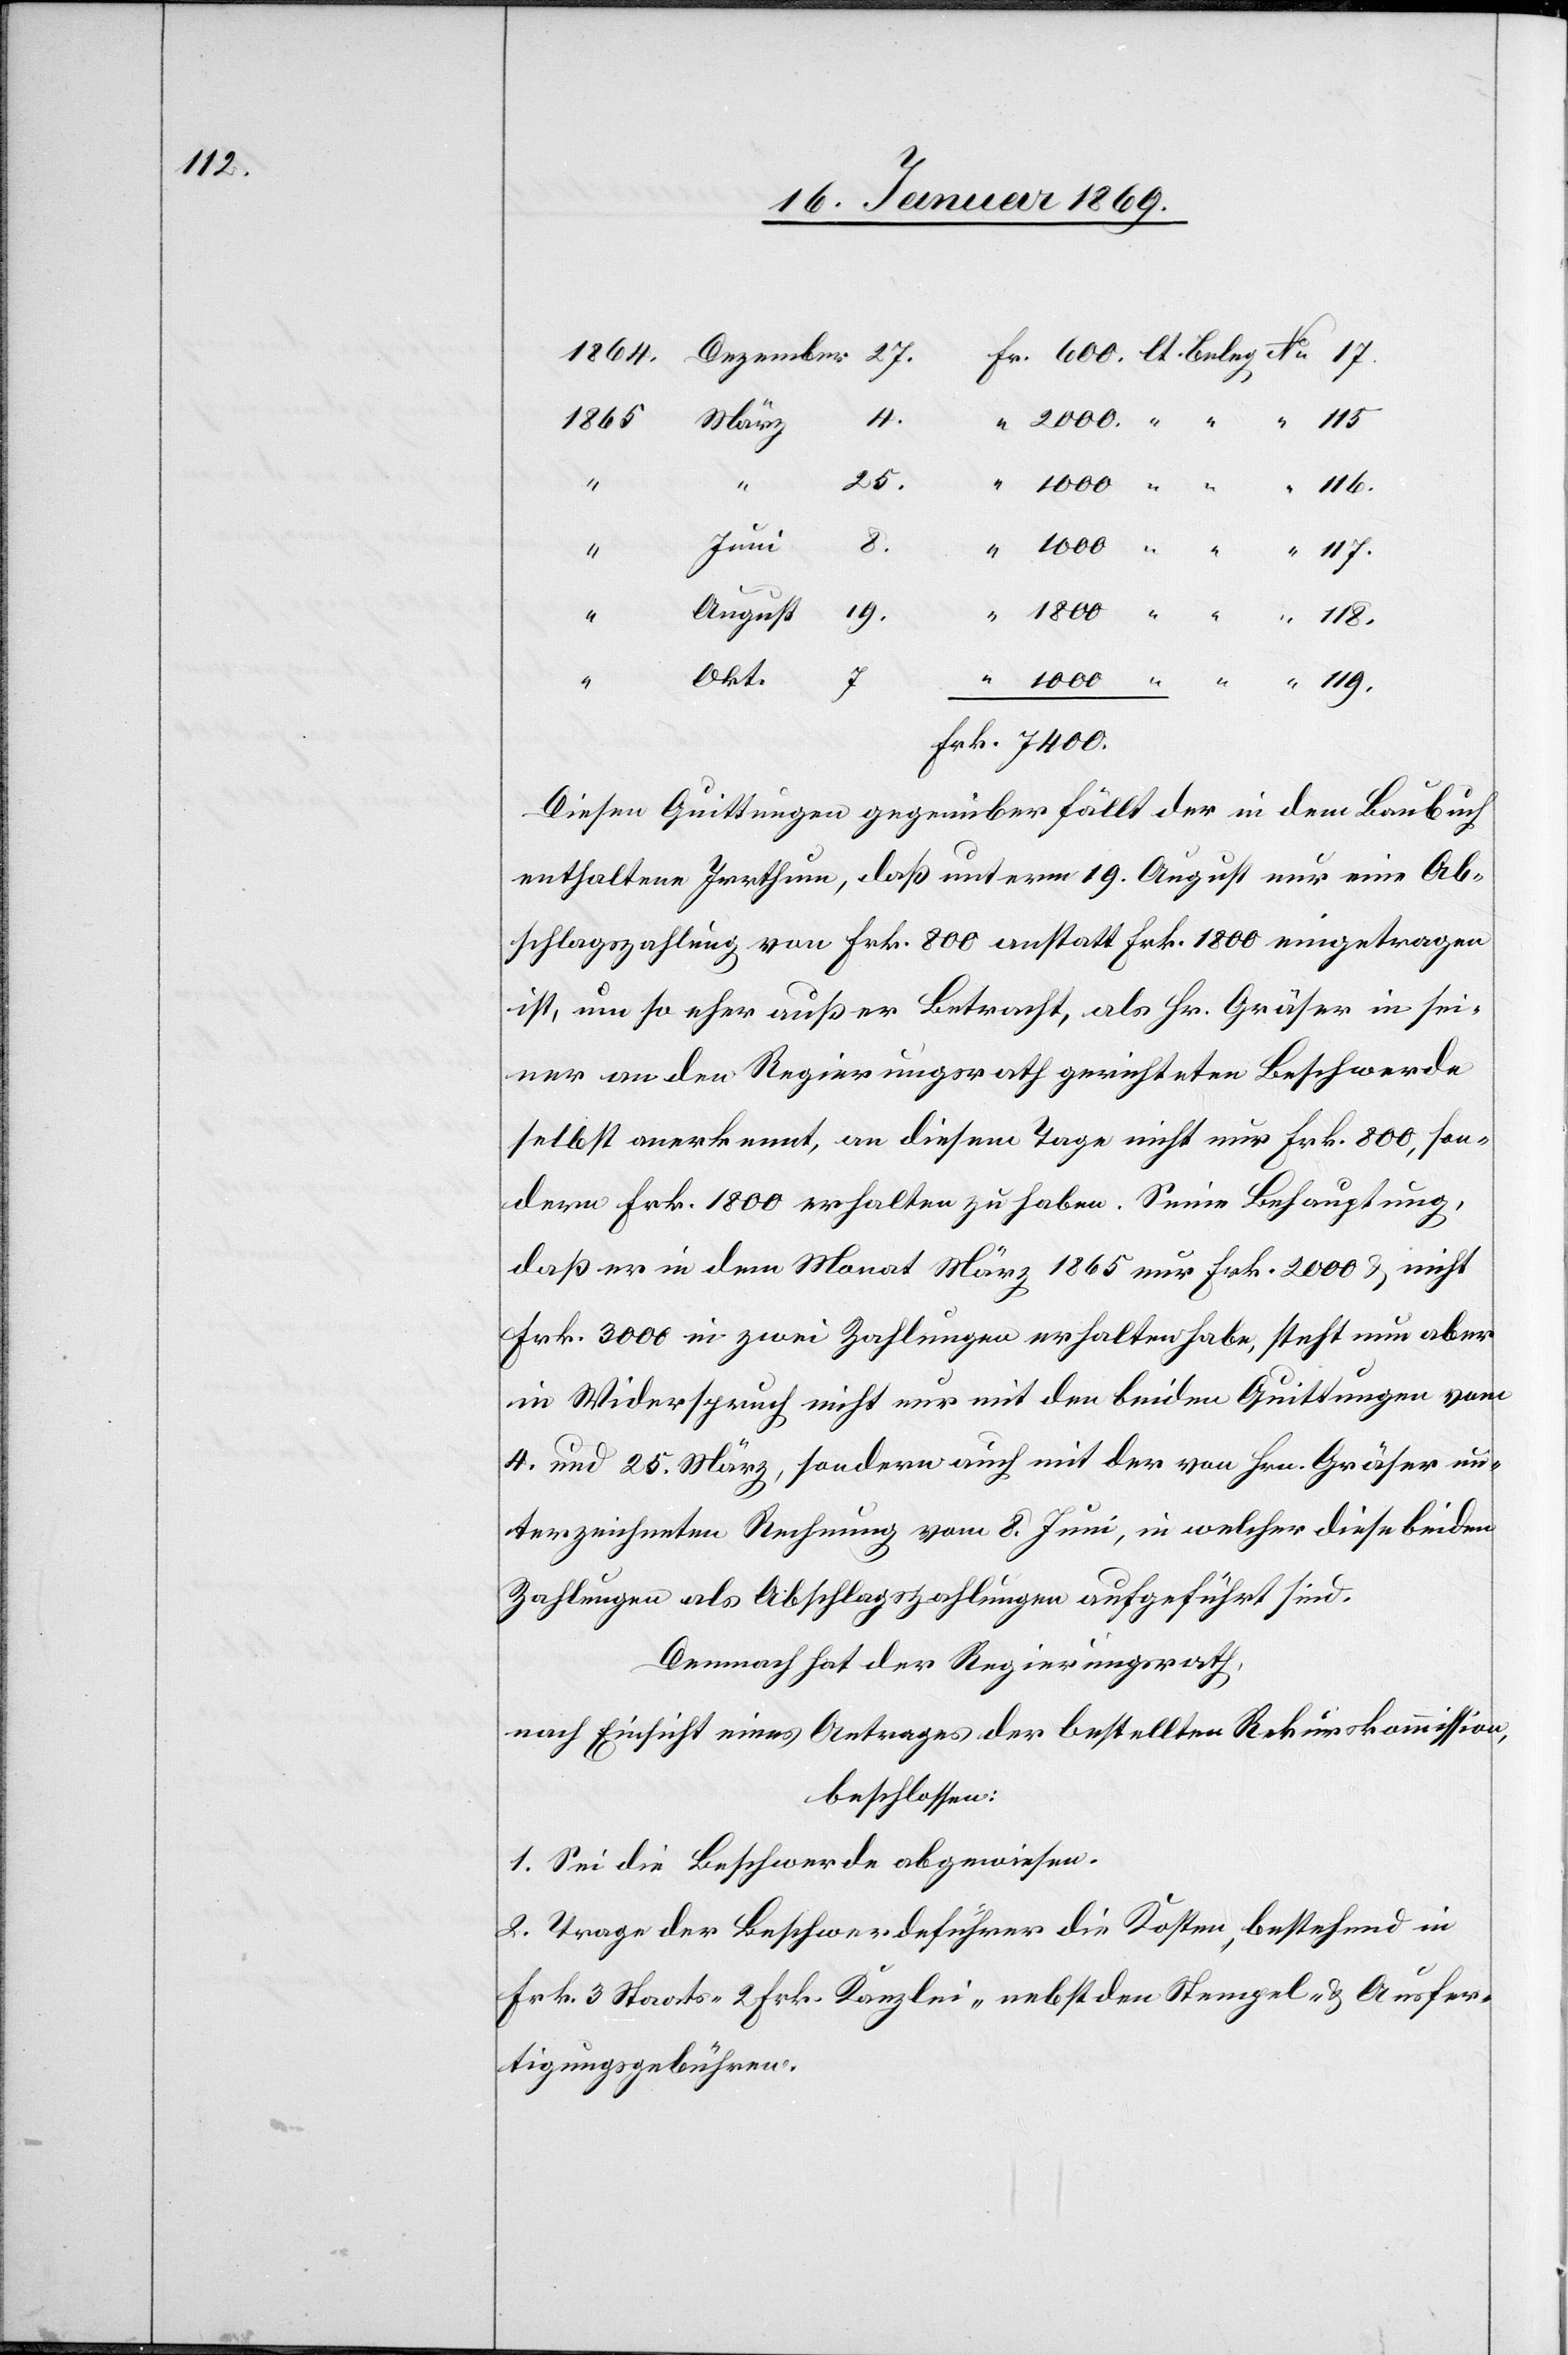
119.

r. 600. lt. Beleg N° 17.
1864 Dezember 27.	F¬
Frk. 7400.
Diesen Quittungen gegenüber fällt der in dem Baubuch
enthaltene Irrthum, daß unterm 19. August nur eine Ab¬
schlagszahlung von Frk. 800 anstatt Frk. 1800 eingetragen
ist, um so eher außer Betracht, als Hr. Gräser in sei¬
ner an den Regierungsrath gerichteten Beschwerde
selbst anerkennt, an diesem Tage nicht nur Frk. 800, son¬
dern Frk. 1800 erhalten zu haben. Seine Behauptung,
daß er in dem Monat März 1865 nur Frk. 2000 u. nicht
Frk. 3000 in zwei Zahlungen erhalten habe, steht nun aber
in Widerspruch nicht nur mit den beiden Quittungen vom
4. und 25. März, sondern auch mit der von Hrn. Gräser un¬
terzeichneten Rechnung vom 8. Juni, in welcher diese beiden
Zahlungen als Abschlagszahlungen aufgeführt sind.
Demnach hat der Regierungsrath,
nach Einsicht eines Antrages der bestellten Rekurskommission,
beschlossen:
1. Sei die Beschwerde abgewiesen.
2. Trage der Beschwerdeführer die Kosten, bestehend in
Frk. 3 Staats- 2 Frk. Kanzlei- nebst den Stempel- u. Ausfer¬
tigungsgebühren.